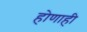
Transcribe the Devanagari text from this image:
होणाही